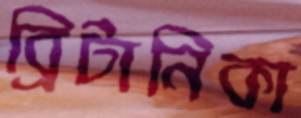
ব্রিটানিকা